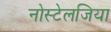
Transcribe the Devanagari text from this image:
नोस्‍टेलजिया